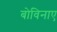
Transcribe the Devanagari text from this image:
बोविनाए